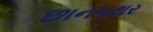
છાનપથર